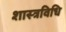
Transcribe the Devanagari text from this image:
शास्त्रविधि